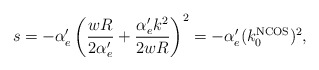
\begin{align*}s=-\alpha'_e\left(\frac{wR}{2\alpha'_e} + \frac{\alpha'_e k^2}{2wR}\right)^2=-\alpha'_e(k_0^{\mathrm{NCOS}})^2,\end{align*}